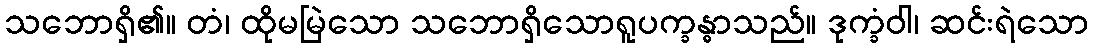
သဘောရှိ၏။ တံ၊ ထိုမမြဲသော သဘောရှိသောရူပက္ခန္ဓာသည်။ ဒုက္ခံဝါ၊ ဆင်းရဲသော